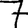
Digit: 7